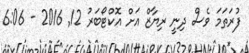
ފުރަތަމަ ވެސް ދިނީ ރިޔާޒް އަށް އޮކްޓޯބަރު 12